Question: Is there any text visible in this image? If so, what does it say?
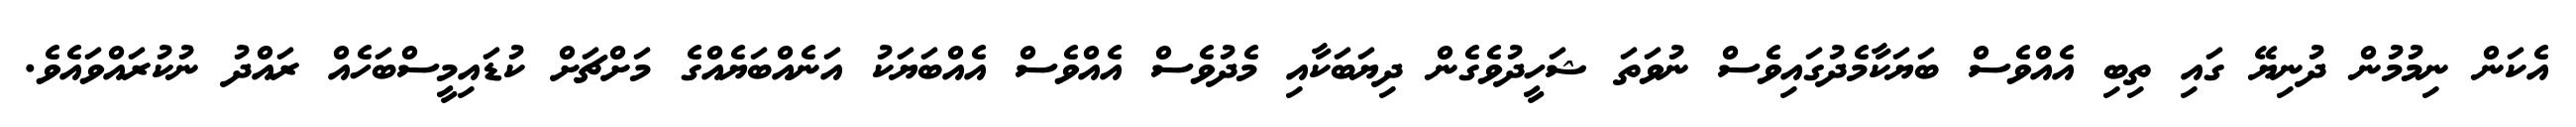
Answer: އެކަން ނިމުމުން ދުނިޔޭ ގައި ތިބި އެއްވެސް ބަޔަކާމެދުގައިވެސް ނުވަތަ ޝަހީދުވެގެން ދިޔަބަކާއި މެދުވެސް އެއްވެސް އެއްބަޔަކު އަނެއްބަޔެއްގެ މަށްޗަށް ކުޑައިމީސްބަހެއް ރައްދު ނުކުރައްވައެވެ.